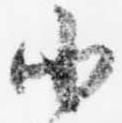
小